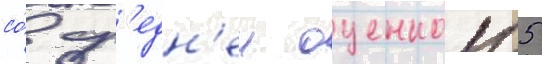
со́ ср'едн'еи оценкои 5